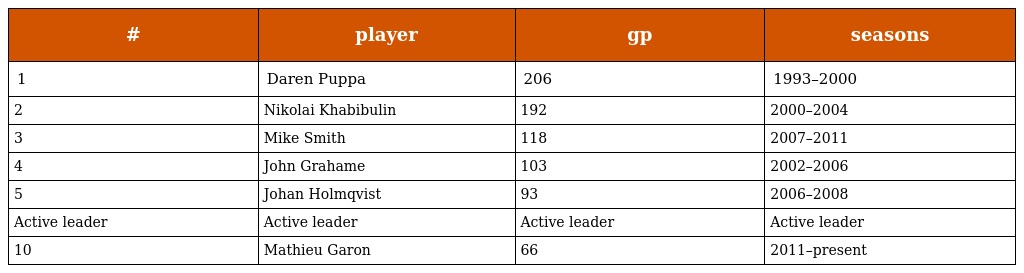
| # | player | gp | seasons |
 | --- | --- | --- | --- |
 | 1 | Daren Puppa | 206 | 1993–2000 |
 | 2 | Nikolai Khabibulin | 192 | 2000–2004 |
 | 3 | Mike Smith | 118 | 2007–2011 |
 | 4 | John Grahame | 103 | 2002–2006 |
 | 5 | Johan Holmqvist | 93 | 2006–2008 |
 | Active leader | Active leader | Active leader | Active leader |
 | 10 | Mathieu Garon | 66 | 2011–present |